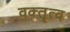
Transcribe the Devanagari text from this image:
वक्‍तॄत्‍व